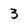
Character: 3